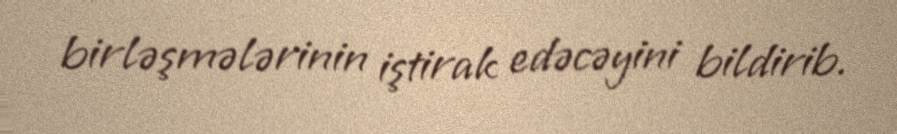
birləşmələrinin iştirak edəcəyini bildirib.